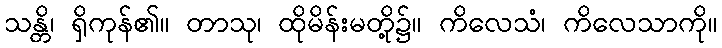
သန္တိ၊ ရှိကုန်၏။ တာသု၊ ထိုမိန်းမတို့၌။ ကိလေသံ၊ ကိလေသာကို။